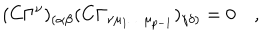
LaTeX: ( C \Gamma ^ { \nu } ) _ { ( \alpha \beta } ( C \Gamma _ { \nu \mu _ { 1 } \dots \mu _ { p - 1 } } ) _ { \gamma \delta ) } = 0 \quad ,